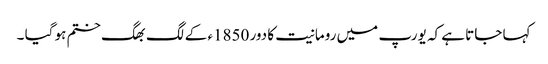
کہا جاتا ہے کہ یورپ میں رومانیت کا دور 1850ء کے لگ بھگ ختم ہو گیا ۔